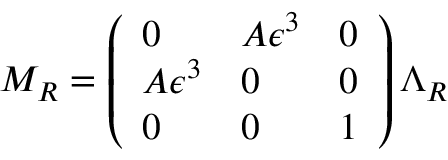
M _ { R } = \left( \begin{array} { l l l } { { 0 } } & { { A \epsilon ^ { 3 } } } & { { 0 } } \\ { { A \epsilon ^ { 3 } } } & { { 0 } } & { { 0 } } \\ { { 0 } } & { { 0 } } & { { 1 } } \end{array} \right) \Lambda _ { R }